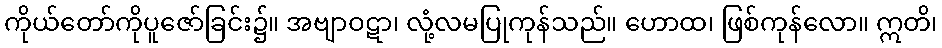
ကိုယ်တော်ကိုပူဇော်ခြင်း၌။ အဗျာဝဋာ၊ လုံ့လမပြုကုန်သည်။ ဟောထ၊ ဖြစ်ကုန်လော။ ဣတိ၊